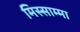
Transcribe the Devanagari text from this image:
मिस्साम्मा